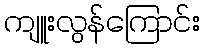
ကျူးလွန်ကြောင်း